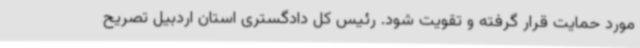
مورد حمایت قرار گرفته و تقویت شود. رئیس کل دادگستری استان اردبیل تصریح